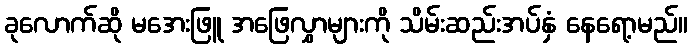
ခုလောက်ဆို မအေးဖြူ အဖြေလွှာများကို သိမ်းဆည်းအပ်နှံ နေရော့မည်။